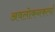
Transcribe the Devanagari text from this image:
अवलोकनकर्त्या